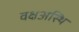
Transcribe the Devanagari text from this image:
वक्षअस्थि